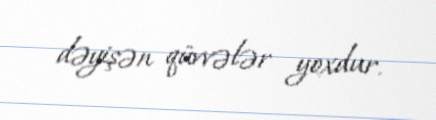
dəyişən qüvvələr yoxdur.